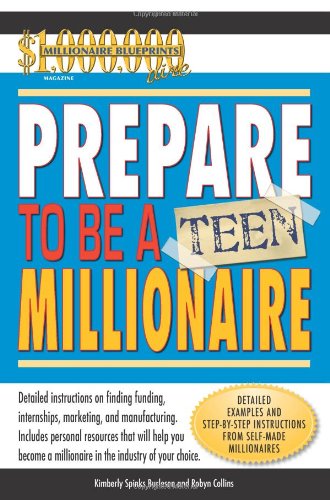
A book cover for Prepare to Be a Teen Millionaire; Robyn Collins; Teen & Young Adult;